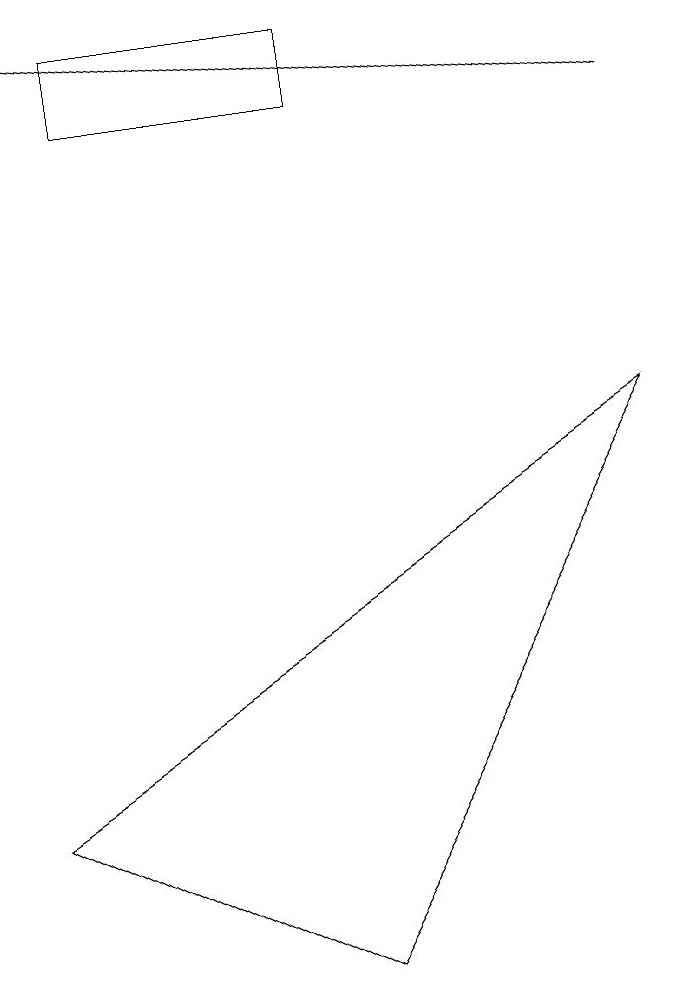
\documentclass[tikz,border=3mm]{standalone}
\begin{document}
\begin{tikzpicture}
\draw (4,0) -- (0,2) -- (8,7) -- cycle;
\draw (1,12) rectangle (4,11);
\draw[->] (8,11) -- (0,12);
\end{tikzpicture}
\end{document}